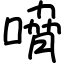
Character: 嗋